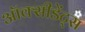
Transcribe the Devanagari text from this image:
ऑक्सीडेंट्स